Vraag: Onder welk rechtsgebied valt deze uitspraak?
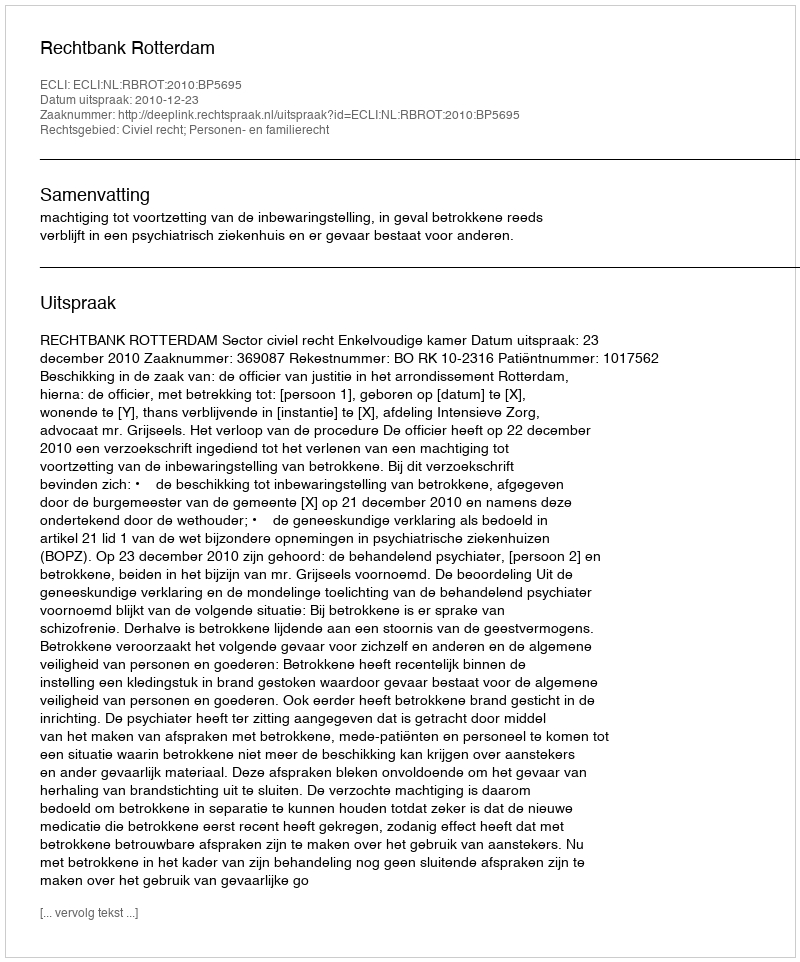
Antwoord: Civiel recht; Personen- en familierecht